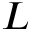
L